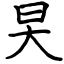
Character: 旲